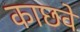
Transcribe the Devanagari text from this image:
काछवे